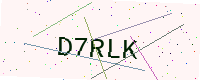
Text: D7RLK